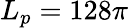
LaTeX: L_{p}=128\pi